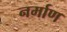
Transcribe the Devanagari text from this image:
नर्माण